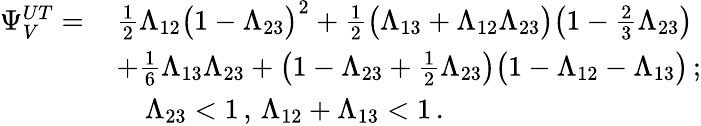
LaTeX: \begin{array}{rl}{\Psi_{V}^{UT}=\, }&{\frac{1}{2}\Lambda_{12}\big(1-\Lambda_{23}\big)^{2}+\frac{1}{2}\big(\Lambda_{13}+\Lambda_{12}\Lambda_{23}\big)\big(1-\frac{2}{3}\Lambda_{23}\big)}\\ &{+\frac{1}{6}\Lambda_{13}\Lambda_{23}+\big(1-\Lambda_{23}+\frac{1}{2}\Lambda_{23}\big)\big(1-\Lambda_{12}-\Lambda_{13}\big)\, ;}\\ &{\quad\Lambda_{23}<1\, ,\, \Lambda_{12}+\Lambda_{13}<1\, .}\end{array}